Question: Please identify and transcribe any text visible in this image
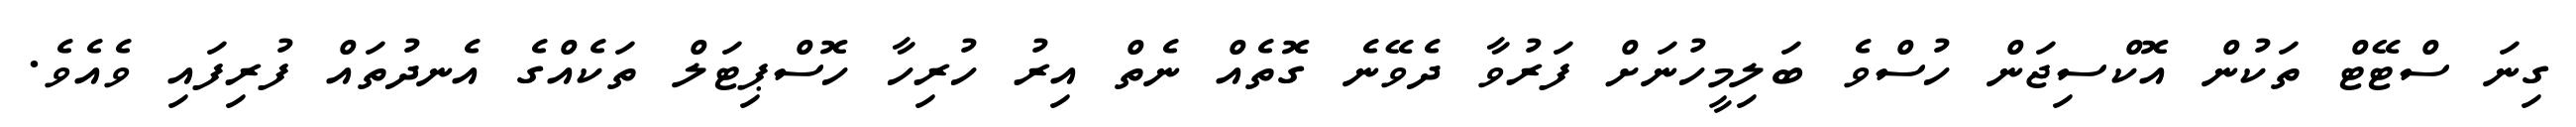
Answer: ގިނަ ސްޓޭޓް ތަކުން އޮކްސިޖަން ހުސްވެ ބަލިމީހުނަށް ފަރުވާ ދެވޭނެ ގޮތެއް ނެތް އިރު ހުރިހާ ހޮސްޕިޓަލް ތަކެއްގެ އެނދުތައް ފުރިފައި ވެއެވެ.